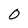
Character: 0